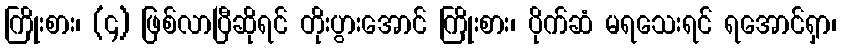
ကြိုးစား၊ (၄) ဖြစ်လာပြီဆိုရင် တိုးပွားအောင် ကြိုးစား၊ ပိုက်ဆံ မရသေးရင် ရအောင်ရှာ၊